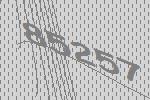
85257